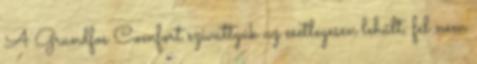
A Grundfos Comfort szivattyúk az esetlegesen lehűlt, fel nem